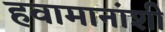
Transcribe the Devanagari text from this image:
हवामानांशी